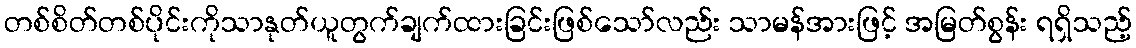
တစ်စိတ်တစ်ပိုင်းကိုသာနုတ်ယူတွက်ချက်ထားခြင်းဖြစ်သော်လည်း သာမန်အားဖြင့် အမြတ်စွန်း ရရှိသည့်